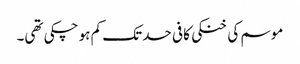
موسم کی خنکی کافی حد تک کم ہو چکی تھی۔